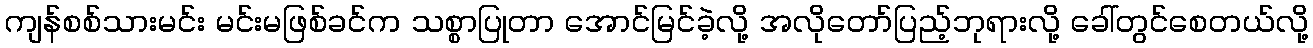
ကျန်စစ်သားမင်း မင်းမဖြစ်ခင်က သစ္စာပြုတာ အောင်မြင်ခဲ့လို့ အလိုတော်ပြည့်ဘုရားလို့ ခေါ်တွင်စေတယ်လို့